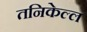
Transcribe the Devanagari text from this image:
तनिकेल्ल